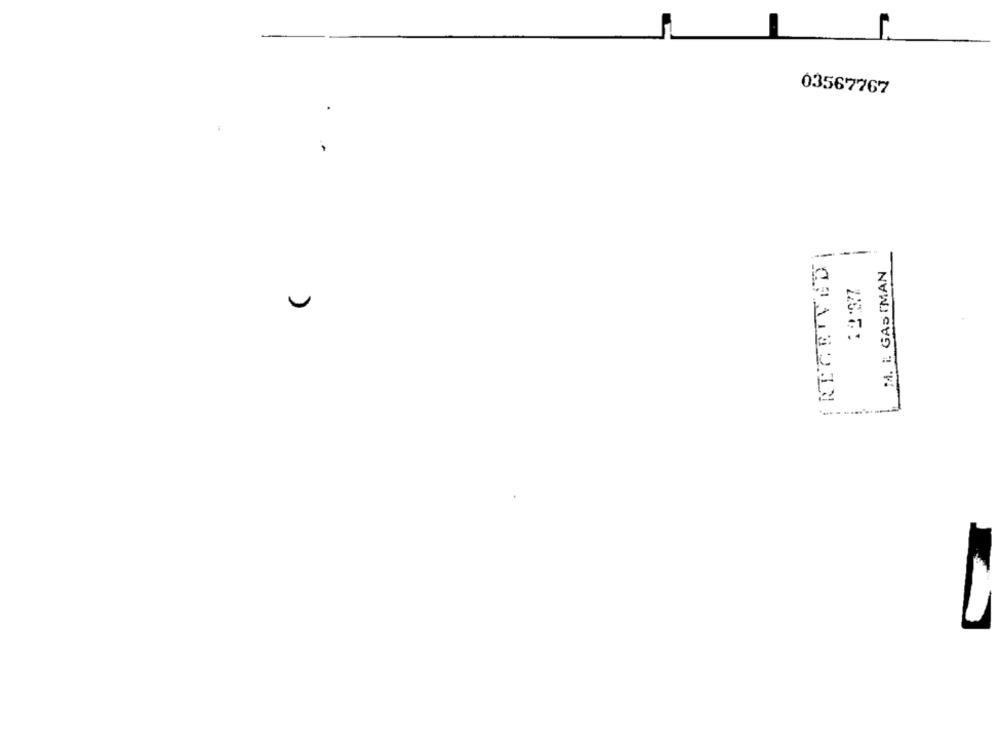
03567767
-
MA. i. GASTMAN
:1